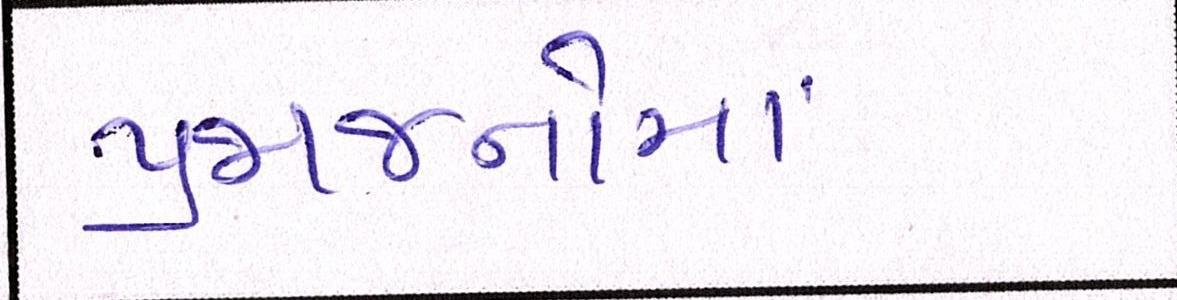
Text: પ્રજાજનોમાં